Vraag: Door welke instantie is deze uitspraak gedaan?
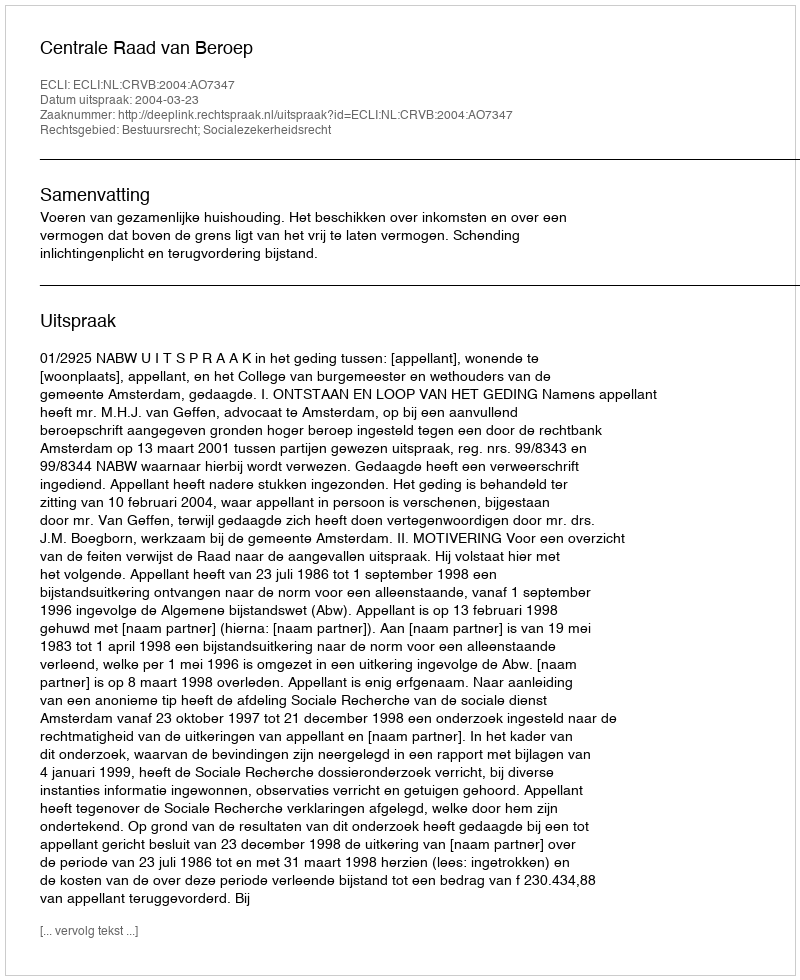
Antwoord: Centrale Raad van Beroep